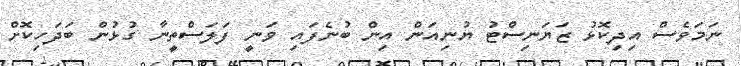
ނަމަވެސް އިދިކޮޅު ޒަޔަނިސްޓު ޔުނިއަން އިން ބުނެފައި ވަނީ ފަލަސްތީނާ ގުޅުން ބަދަހިކޮށް